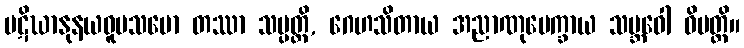
ပဋိဃာနုနယဝူပသမော တဿာ သမ္ပတ္တိ, ဂေဟသိတာယ အညာဏုပေက္ခာယ သမ္ဘဝေါ ဝိပတ္တိ။